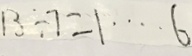
1 3 \div 7 = 1 \cdots 6